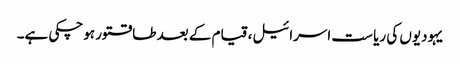
یہودیوں کی ریا ست اسرائیل، قیام کے بعد طاقتور ہوچکی ہے۔